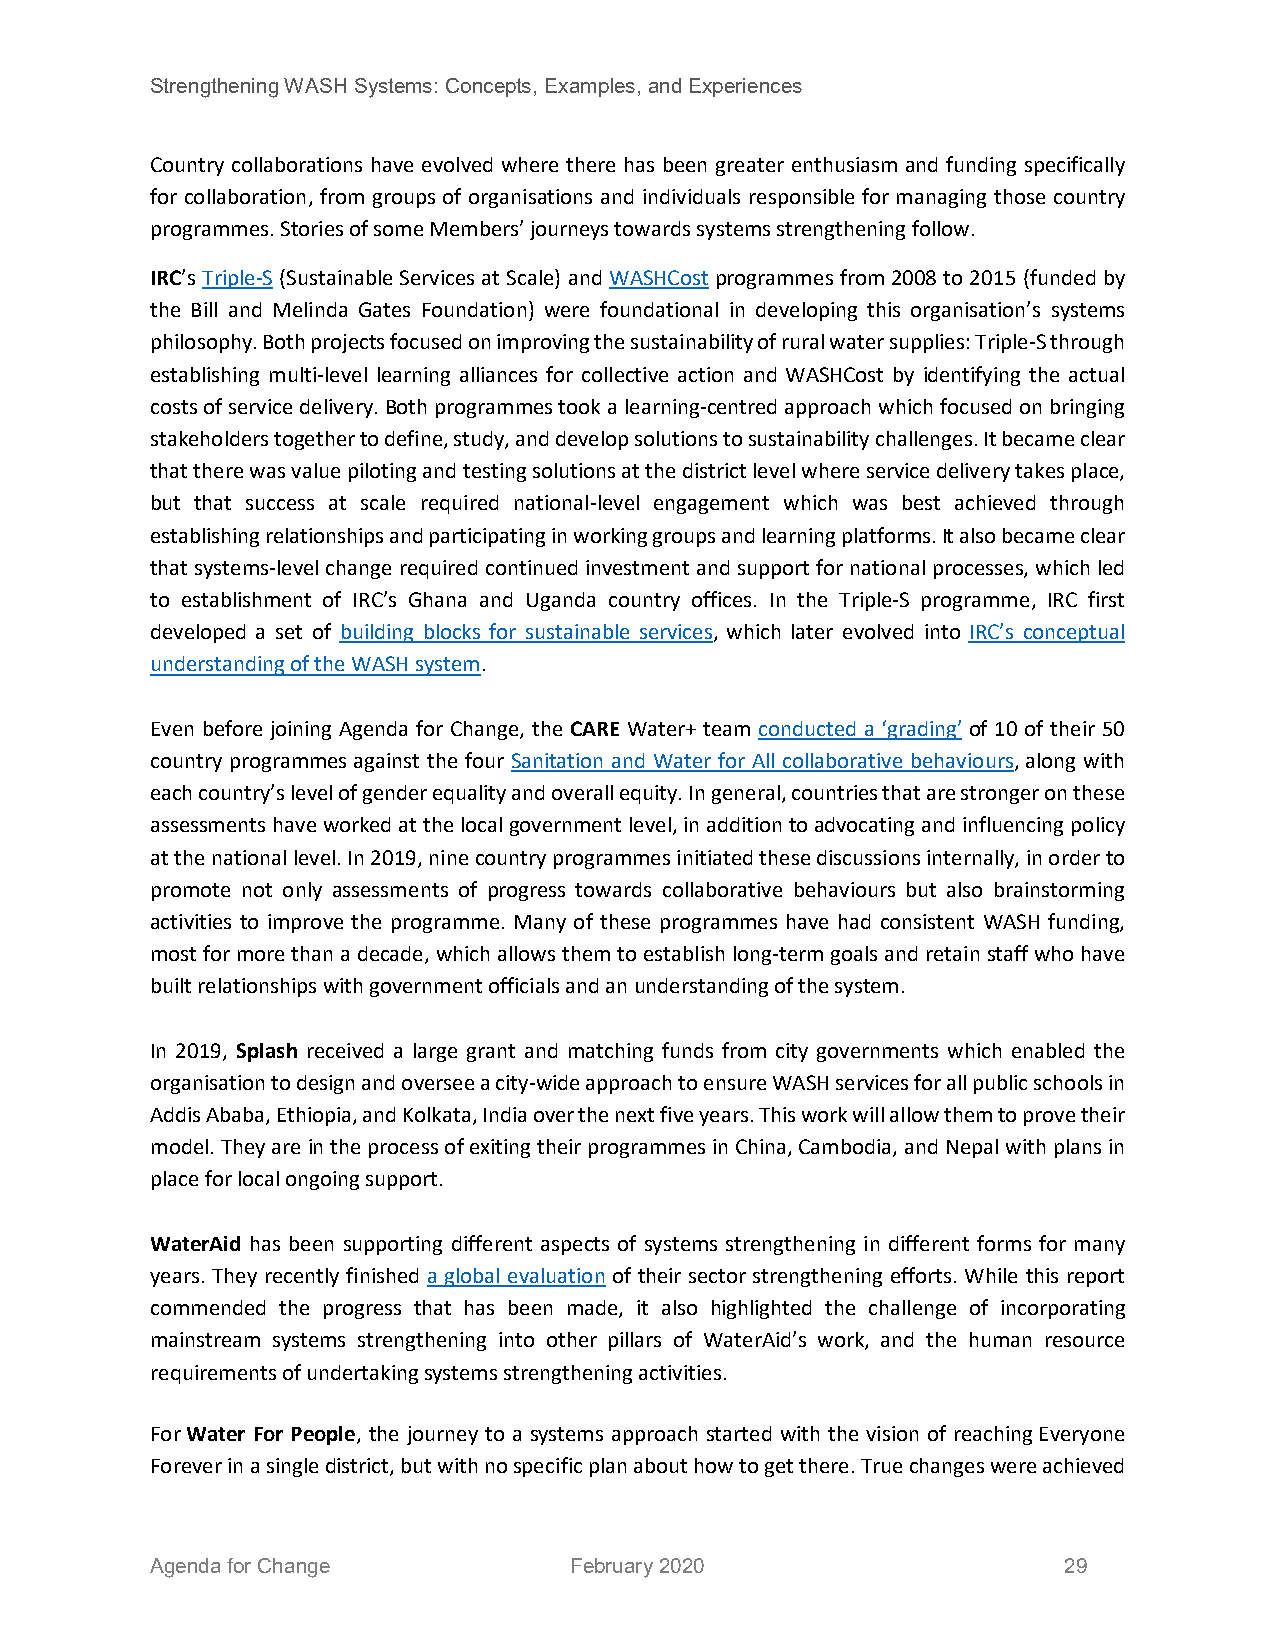
Strengthening WASH Systems: Concepts, Examples, and Experiences
 Country collaborations have evolved where there has been greater enthusiasm and funding specifically
 for collaboration, from groups of organisations and individuals responsible for managing those country
 programmes. Stories of some Members’ journeys towards systems strengthening follow.
 IRC’s Triple-S (Sustainable Services at Scale) and WASHCost programmes from 2008 to 2015 (funded by
 the Bill and Melinda Gates Foundation) were foundational in developing this organisation’s systems
 philosophy. Both projects focused on improving the sustainability of rural water supplies: Triple-S through
 establishing multi-level learning alliances for collective action and WASHCost by identifying the actual
 costs of service delivery. Both programmes took a learning-centred approach which focused on bringing
 stakeholders together to define, study, and develop solutions to sustainability challenges. It became clear
 that there was value piloting and testing solutions at the district level where service delivery takes place,
 but that success at scale required national-level engagement which was best achieved through
 establishing relationships and participating in working groups and learning platforms. It also became clear
 that systems-level change required continued investment and support for national processes, which led
 to establishment of IRC’s Ghana and Uganda country offices. In the Triple-S programme, IRC first
 developed a set of building blocks for sustainable services, which later evolved into IRC’s conceptual
 understanding of the WASH system.
 Even before joining Agenda for Change, the CARE Water+ team conducted a ‘grading’ of 10 of their 50
 country programmes against the four Sanitation and Water for All collaborative behaviours, along with
 each country’s level of gender equality and overall equity. In general, countries that are stronger on these
 assessments have worked at the local government level, in addition to advocating and influencing policy
 at the national level. In 2019, nine country programmes initiated these discussions internally, in order to
 promote not only assessments of progress towards collaborative behaviours but also brainstorming
 activities to improve the programme. Many of these programmes have had consistent WASH funding,
 most for more than a decade, which allows them to establish long-term goals and retain staff who have
 built relationships with government officials and an understanding of the system.
 In 2019, Splash received a large grant and matching funds from city governments which enabled the
 organisation to design and oversee a city-wide approach to ensure WASH services for all public schools in
 Addis Ababa, Ethiopia, and Kolkata, India over the next five years. This work will allow them to prove their
 model. They are in the process of exiting their programmes in China, Cambodia, and Nepal with plans in
 place for local ongoing support.
 WaterAid has been supporting different aspects of systems strengthening in different forms for many
 years. They recently finished a global evaluation of their sector strengthening efforts. While this report
 commended the progress that has been made, it also highlighted the challenge of incorporating
 mainstream systems strengthening into other pillars of WaterAid’s work, and the human resource
 requirements of undertaking systems strengthening activities.
 For Water For People, the journey to a systems approach started with the vision of reaching Everyone
 Forever in a single district, but with no specific plan about how to get there. True changes were achieved
 Agenda for Change           February 2020                   29